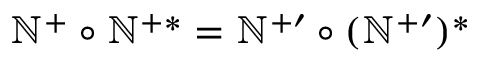
\mathbb { N } ^ { + } \circ \mathbb { N } ^ { + \ast } = \mathbb { N } ^ { + \prime } \circ ( \mathbb { N } ^ { + \prime } ) ^ { \ast }